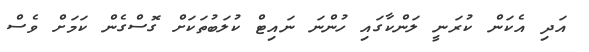
އަދި އެކަން ކުރަނީ ލަންކާގައި ހުންނަ ނައިޓް ކުލަބުތަކަށް ގޮސްގެން ކަމަށް ވެސް